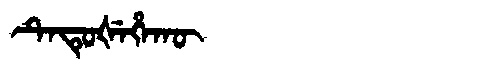
Manchu: ᡨᡝᡨᡠᡧᡝᡥᠠᡴᡡ
Romanization: TETUŠEHAKŪ